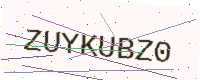
Text: ZUYKUBZ0